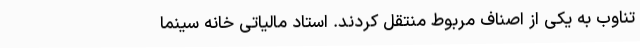
تناوب به یکی از اصناف مربوط منتقل کردند. استاد مالیاتی خانه سینما